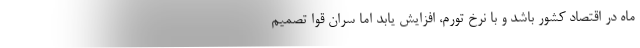
ماه در اقتصاد کشور باشد و با نرخ تورم، افزایش یابد اما سران قوا تصمیم